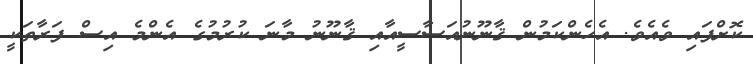
ކޮށްފައި ވެއެވެ. އެހެންކަމުން ޤާނޫނުއަސާސީއާއި ޤާނޫނު މާނަ ކުރުމުގެ އެންމެ އިސް ފަރާތަކީ